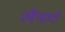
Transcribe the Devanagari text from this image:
लेंनार्ट